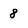
Character: 8